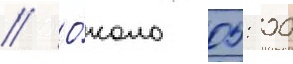
// О́коло 05: 00